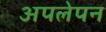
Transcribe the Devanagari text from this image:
अपलेपन